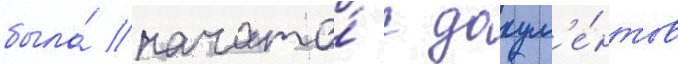
была́ начата́ с докум'е́нтов